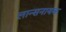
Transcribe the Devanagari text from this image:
लान्सनायक